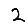
Digit: 2